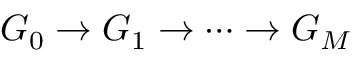
G _ { 0 } \rightarrow G _ { 1 } \rightarrow \cdots \rightarrow G _ { M }